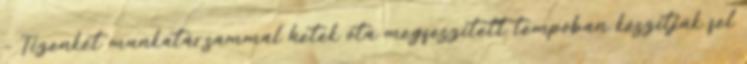
– Tizenkét munkatársammal hetek óta megfeszített tempóban készítjük fel